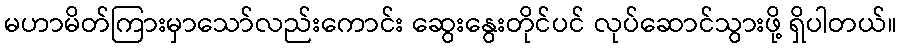
မဟာမိတ်ကြားမှာသော်လည်းကောင်း ဆွေးနွေးတိုင်ပင် လုပ်ဆောင်သွားဖို့ ရှိပါတယ်။